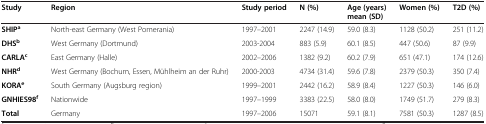
<table><thead><tr><td><b>Study</b></td><td><b>Region</b></td><td><b>Study period</b></td><td><b>N (%)</b></td><td><b>Age (years) mean (SD)</b></td><td><b>Women (%)</b></td><td><b>T2D (%)</b></td></tr></thead><tbody><tr><td><b>SHIP</b><sup><b>a</b></sup></td><td>North-east Germany (West Pomerania)</td><td>1997–2001</td><td>2247 (14.9)</td><td>59.0 (8.3)</td><td>1128 (50.2)</td><td>251 (11.2)</td></tr><tr><td><b>DHS</b><sup><b>b</b></sup></td><td>West Germany (Dortmund)</td><td>2003-2004</td><td>883 (5.9)</td><td>60.1 (8.5)</td><td>447 (50.6)</td><td>87 (9.9)</td></tr><tr><td><b>CARLA</b><sup><b>c</b></sup></td><td>East Germany (Halle)</td><td>2002–2006</td><td>1382 (9.2)</td><td>60.2 (7.9)</td><td>651 (47.1)</td><td>174 (12.6)</td></tr><tr><td><b>NHR</b><sup><b>d</b></sup></td><td>West Germany (Bochum, Essen, Mühlheim an der Ruhr)</td><td>2000-2003</td><td>4734 (31.4)</td><td>59.6 (7.8)</td><td>2379 (50.3)</td><td>350 (7.4)</td></tr><tr><td><b>KORA</b><sup><b>e</b></sup></td><td>South Germany (Augsburg region)</td><td>1999–2001</td><td>2442 (16.2)</td><td>58.9 (8.4)</td><td>1227 (50.3)</td><td>146 (6.0)</td></tr><tr><td><b>GNHIES98</b><sup><b>f</b></sup></td><td>Nationwide</td><td>1997–1999</td><td>3383 (22.5)</td><td>58.0 (8.0)</td><td>1749 (51.7)</td><td>279 (8.3)</td></tr><tr><td><b>Total</b></td><td>Germany</td><td>1997–2006</td><td>15071</td><td>59.1 (8.1)</td><td>7581 (50.3)</td><td>1287 (8.5)</td></tr></tbody></table>